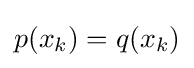
p(x_{k})=q(x_{k})